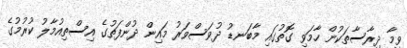
ވީމާ ދިރާސާތަކުން ހާމަވި ގޮތުގައި މާބަނޑު ދުވަސްވަރު މައިން ދުންފަތުގެ އިސްތިއުމާލު ކުރުމުގެ